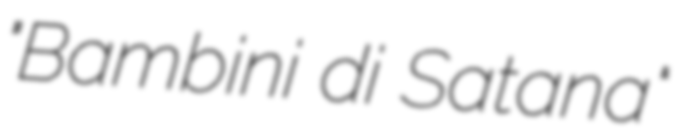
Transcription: "Bambini di Satana"